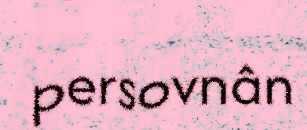
persovnân